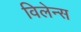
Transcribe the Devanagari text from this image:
विलेन्स